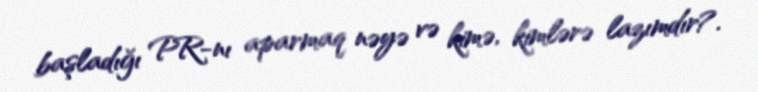
başladığı PR-nı aparmaq nəyə və kimə, kimlərə lazımdır?.